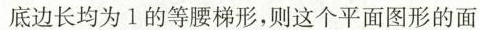
底边长均为1的等腰梯形，则这个平面图形的面